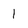
Character: 1